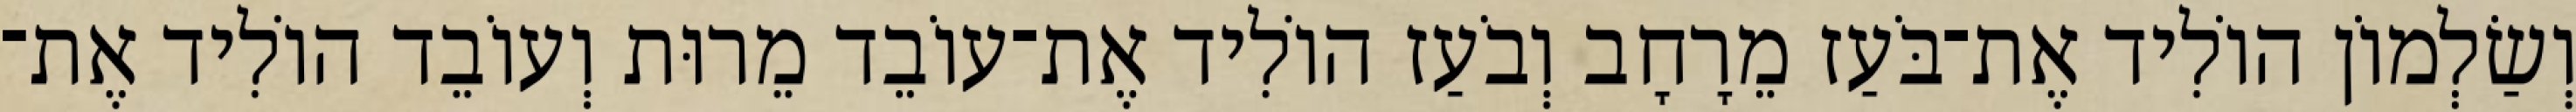
וְשַׂלְמוֹן הוֹלִיד אֶת־בֹּעַז מֵרָחָב וְבֹעַז הוֹלִיד אֶת־עוֹבֵד מֵרוּת וְעוֹבֵד הוֹלִיד אֶת־